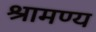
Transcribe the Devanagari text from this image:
श्रामण्य